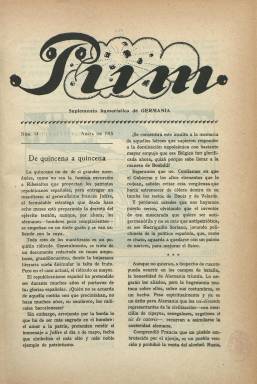
Título: Pum (Barcelona)
Colección: Revistas satíricas y humorísticas
Ámbito geográfico: Barcelona
Lugar de publicación: Barcelona
Fechas: 01/04/1915-31/12/1915

Este semanario ya estaba publicándose en Barcelona cuando fue adquirido, en marzo de 1915, por la empresa que había comenzado a editar ese mismo mes y año Germania, uno de los títulos germanófilos españoles más destacados durante la primera guerra mundial (1914-1918), y que también forma parte de la colección de la Biblioteca Nacional de España (BNE). Pum se convertirá así en “suplemento humorístico de Germania”, siendo ambas publicaciones patrocinadas por el Servicio Alemán de Información en España (Deutscher Nachrichtendienst für Spanien), establecido en Barcelona en agosto de 1914 por el industrial alemán de artes gráficas August Hofer.

La colección de Pum en la BNE va desde su número 14 (considerado primera entrega como suplemento de Germania) al número 31, y desde abril a diciembre de 1915, respectivamente. Son entregas así mismo quincenales de la subtitulada “revista de confraternidad hispano-alemana”, de ocho páginas cada una y compuestas a dos columnas, e igualmente estampadas en papel satinado en la Imprenta Elzeviriana, de Barcelona.

Cada número comienza con una sección bajo el epígrafe De quincena a quincena, y contiene artículos y comentarios breves sobre la guerra o sobre noticias publicadas por otros periódicos, algunos de ellos compuestos en verso, e inserta grabados humorísticos con caricaturas y chistes gráficos también relativos al conflicto bélico y a sus principales protagonistas, entre ellos los firmados por los dibujantes Franz León y Flavio. La única firma que aparece en algunos de sus textos corresponde al seudónimo Prometeo.

En la última o primera planas de cada entrega suele insertar alguna publicidad de comercios e industrias alemanas establecidas en Barcelona o Madrid, con el fin de que la publicación “tenga una utilidad comercial bien conveniente en estos momentos en que se quiere explotar el odio internacional para arrebatar a Alemania el mercado hispano-americano”, se dirá en la propia revista Germania.

Entre esa publicidad se encuentra la de promoción del también semanario barcelonés de asuntos literarios y musicales La Pluma, sobre el que señala que “todo buen germanófilo debe leer”, y que fue también patrocinado, junto a otros diarios, periódicos y revistas, por los servicios de información alemanes establecidos en España, al objeto de difundir la versión oficial de este país e influir en la neutralidad española en el conflicto armado.

Al frente de Germania se puso como director el escritor y periodista Lluís Almerich i Sellarès (1882-1952), y tanto esta revista como su suplemento Pum –que debió comenzar a publicarse a finales de 1914 y del que se conocen algunos números de 1916– formaron parte de las publicaciones patrocinadas y financiadas por Alemania en España.

[Descripción modificada el 27/04/2020]